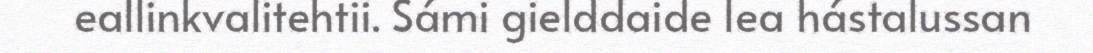
eallinkvalitehtii. Sámi gielddaide lea hástalussan